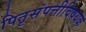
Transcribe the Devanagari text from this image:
पितृसंपत्तीविषयक